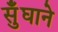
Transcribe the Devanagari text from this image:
सुँघाने